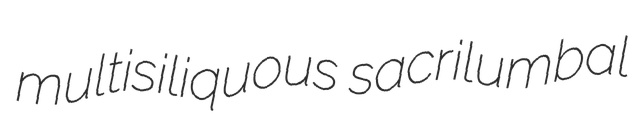
multisiliquous sacrilumbal